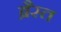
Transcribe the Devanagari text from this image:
ब्रैस्त